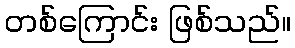
တစ်ကြောင်း ဖြစ်သည်။